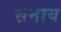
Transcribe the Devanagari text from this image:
सनाय